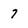
Character: 7